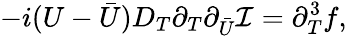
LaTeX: -i(U-{\bar{U}})D_{T}\partial_{T}\partial_{\bar{U}}{\cal I}=\partial_{T}^{3}f,